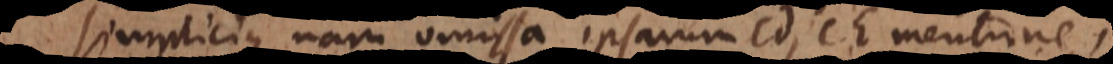
simplicius, nam omissa ipsarum CD, CE mentione,